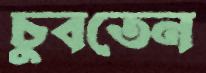
চুবতেন